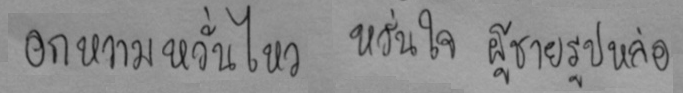
อกหวามหวั่นไหว หวั่นใจ ผู้ชายรูปหล่อ